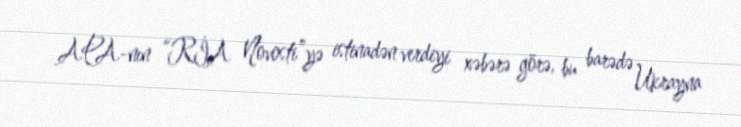
APA-nın “RİA Novosti”yə istinadən verdiyi xəbərə görə, bu barədə Ukrayna